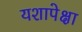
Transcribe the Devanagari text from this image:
यशापेक्षा